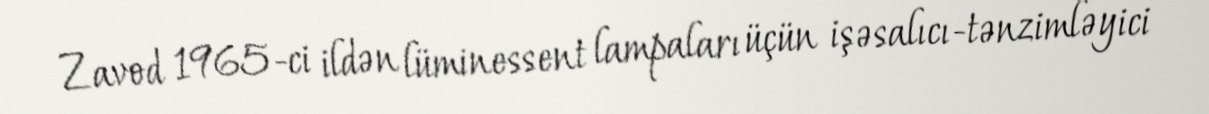
Zavod 1965-ci ildən lüminessent lampaları üçün işəsalıcı-tənzimləyici